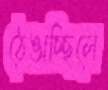
ঠেঙাচ্ছিলে